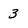
Character: 3